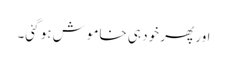
اور پھر خود ہی خاموش ہو گئی۔